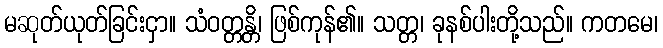
မဆုတ်ယုတ်ခြင်းငှာ။ သံဝတ္တန္တိ၊ ဖြစ်ကုန်၏။ သတ္တ၊ ခုနစ်ပါးတို့သည်။ ကတမေ၊